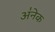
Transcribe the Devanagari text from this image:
अ॑नेक